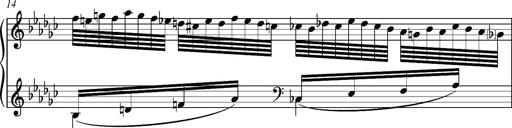
Title: Glasgow fragment, S.701f
Composer: Franz Liszt
Key: E-flat minor